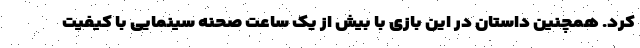
کرد. همچنین داستان در این بازی با بیش از یک ساعت صحنه سینمایی با کیفیت